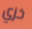
خزي